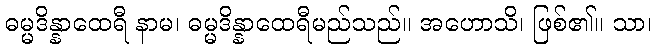
ဓမ္မဒိန္နာထေရီ နာမ၊ ဓမ္မဒိန္နာထေရီမည်သည်။ အဟောသိ၊ ဖြစ်၏။ သာ၊